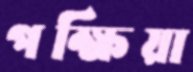
পক্ষিয়া